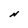
Character: N